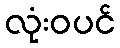
လုံးဝပင်